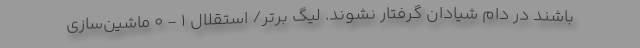
باشند در دام شیادان گرفتار نشوند. لیگ برتر/ استقلال 1 - 0 ماشین‌سازی